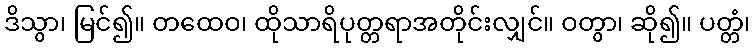
ဒိသွာ၊ မြင်၍။ တထေဝ၊ ထိုသာရိပုတ္တရာအတိုင်းလျှင်။ ဝတွာ၊ ဆို၍။ ပတ္တံ၊